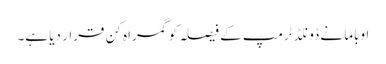
اوباما نے ڈونلڈ ٹرمپ کے فیصلہ کو گمراہ کن قرار دیا ہے۔